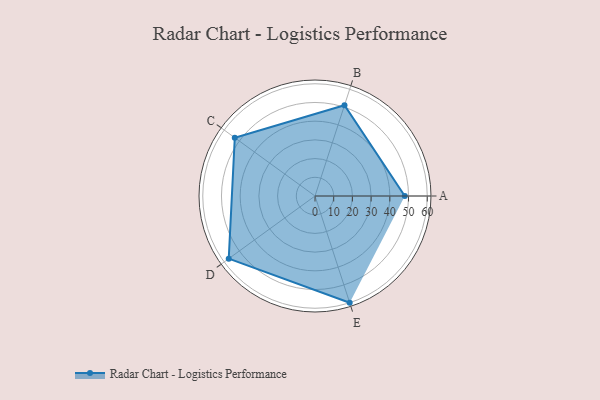
{"axis": {"x": "Skill", "y": "Score"}, "legend": ["Profile"], "data": [{"x": "A", "y": 48.0, "type": "Profile"}, {"x": "B", "y": 51.0, "type": "Profile"}, {"x": "C", "y": 53.0, "type": "Profile"}, {"x": "D", "y": 57.0, "type": "Profile"}, {"x": "E", "y": 60.0, "type": "Profile"}]}